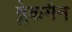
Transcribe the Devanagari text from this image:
ब्लेकमैन